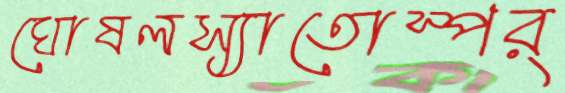
ঘোষলস্যাতোস্পর্